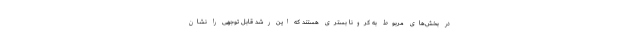
در بخش‌های مربوط به کرونا بستری هستند که این رشد قابل توجهی را نشان